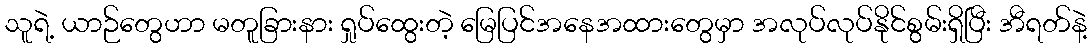
သူရဲ့ ယာဉ်တွေဟာ မတူခြားနား ရှုပ်ထွေးတဲ့ မြေပြင်အနေအထားတွေမှာ အလုပ်လုပ်နိုင်စွမ်းရှိပြီး အီရတ်နဲ့